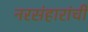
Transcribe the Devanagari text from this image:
नरसंहारांची